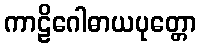
ကာဠိဂေါဓာယပုတ္တော